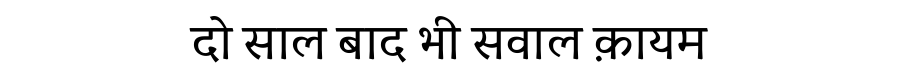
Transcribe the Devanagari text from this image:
दो साल बाद भी सवाल क़ायम